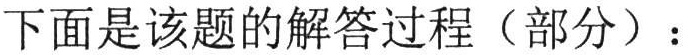
下面是该题的解答过程（部分）：